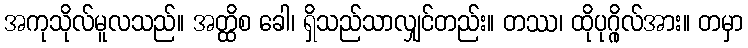
အကုသိုလ်မူလသည်။ အတ္ထိစ ခေါ၊ ရှိသည်သာလျှင်တည်း။ တဿ၊ ထိုပုဂ္ဂိုလ်အား။ တမှာ